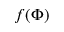
f ( \Phi )